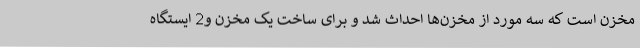
مخزن است که سه مورد از مخزن‌ها احداث شد و برای ساخت یک مخزن و2 ایستگاه